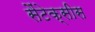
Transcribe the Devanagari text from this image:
सैंटेक्सीस